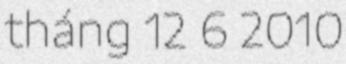
tháng 12 6 2010